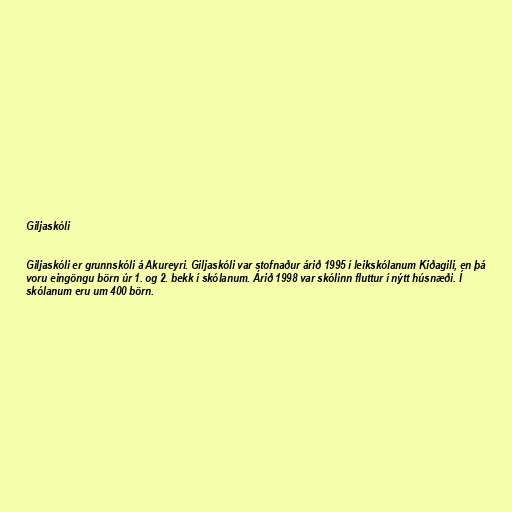
Giljaskóli

Giljaskóli er grunnskóli á Akureyri. Giljaskóli var stofnaður árið 1995 í leikskólanum Kiðagili, en þá
voru eingöngu börn úr 1. og 2. bekk í skólanum. Árið 1998 var skólinn fluttur í nýtt húsnæði. Í
skólanum eru um 400 börn.